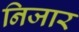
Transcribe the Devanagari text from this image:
निजार